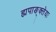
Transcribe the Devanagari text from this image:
ह्यपाङ्क्तेयः